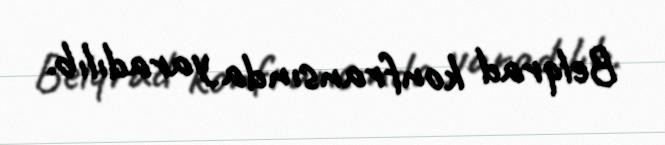
Belqrad konfransında yaradılıb.